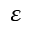
\varepsilon